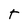
Character: T